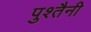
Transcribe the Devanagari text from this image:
पुश्‍तैनी